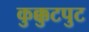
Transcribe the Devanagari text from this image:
कुक्कुटपुट